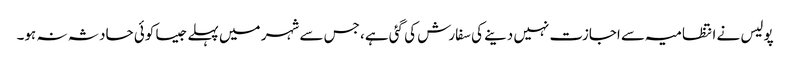
پولیس نے انتظامیہ سے اجازت نہیں دینے کی سفارش کی گئی ہے، جس سے شہر میں پہلے جیسا کوئی حادثہ نہ ہو۔